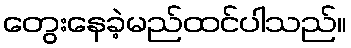
တွေးနေခဲ့မည်ထင်ပါသည်။